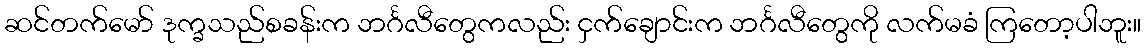
ဆင်တက်မော် ဒုက္ခသည်စခန်းက ဘင်္ဂလီတွေကလည်း ငှက်ချောင်းက ဘင်္ဂလီတွေကို လက်မခံ ကြတော့ပါဘူး။